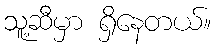
သူ့ဆီမှာ ရှိနေတယ်။